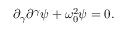
\partial _ { \gamma } \partial ^ { \gamma } \psi + \omega _ { 0 } ^ { 2 } \psi = 0 .